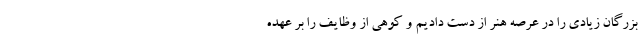
بزرگان زیادی را در عرصه هنر از دست دادیم و کوهی از وظایف را بر عهده